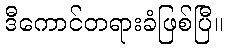
ဒီကောင်တရားခံဖြစ်ပြီ။